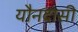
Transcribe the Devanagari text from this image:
यौनदासी